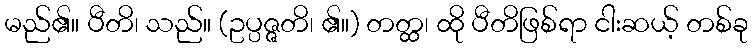
မည်၏။ ပီတိ၊ သည်။ (ဥပ္ပဇ္ဇတိ၊ ၏။) တတ္ထ၊ ထို ပီတိဖြစ်ရာ ငါးဆယ့် တစ်ခု